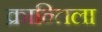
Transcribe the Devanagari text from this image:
क्रान्तिला